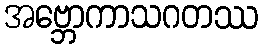
အဗ္ဘောကာသဂတဿ